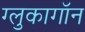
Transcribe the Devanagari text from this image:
ग्लुकागॉन